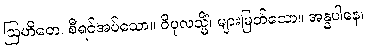
ဩဟိတေ၊ စီရင်အပ်သော။ ဝိပုလသ္မိံ၊ များမြတ်သော။ အန္နပါနေ၊